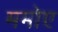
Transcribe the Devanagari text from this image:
ममोए